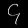
Digit: ၄